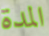
المدة